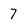
Character: 7